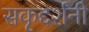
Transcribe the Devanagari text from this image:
सकृद्दर्शनी